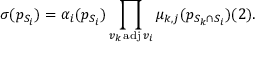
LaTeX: \sigma ( p _ { S _ { i } } ) = \alpha _ { i } ( p _ { S _ { i } } ) \prod _ { v _ { k } \operatorname { a d j } v _ { i } } \mu _ { k , j } ( p _ { S _ { k } \cap S _ { i } } ) ( 2 ) .